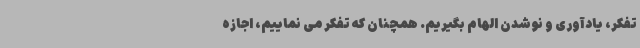
تفکر، یادآوری و نوشدن الهام بگیریم. همچنان که تفکر می نماییم، اجازه